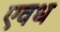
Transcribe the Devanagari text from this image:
एवध